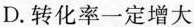
D.转化率一定增大